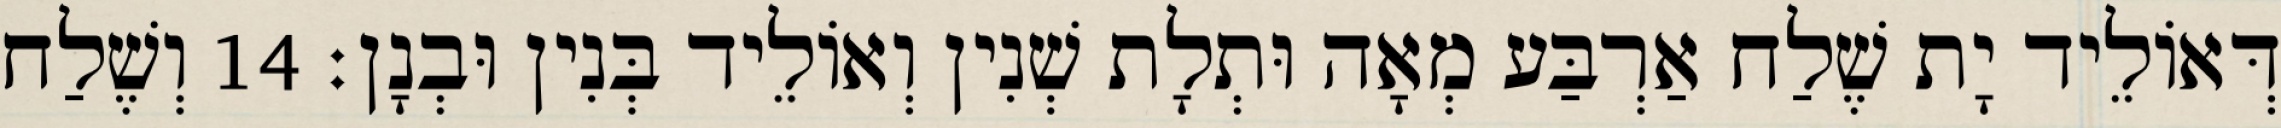
דְּאוֹלֵיד יָת שֶׁלַח אַרְבַּע מְאָה וּתְלָת שְׁנִין וְאוֹלֵיד בְּנִין וּבְנָן׃ 14 וְשֶׁלַח